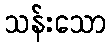
သန်းသော